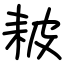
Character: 耚